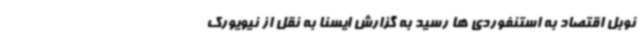
نوبل اقتصاد به استنفوردی ها رسید به گزارش ایسنا به نقل از نیویورک